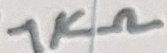
Text: 1KΩ